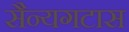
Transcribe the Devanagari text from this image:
सैन्यगटास